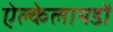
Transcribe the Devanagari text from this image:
ऐल्केलायडों